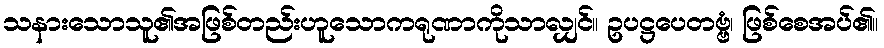
သနားသောသူ၏အဖြစ်တည်းဟူသောကရုဏာကိုသာလျှင်။ ဥပဋ္ဌပေတဗ္ဗံ၊ ဖြစ်စေအပ်၏။